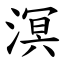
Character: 溟